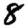
Digit: 8